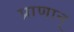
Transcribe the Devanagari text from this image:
प्राणान्